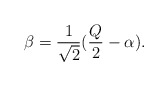
\begin{align*}\beta = \frac{1}{\sqrt{2}}(\frac{Q}{2}-\alpha ).\end{align*}